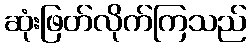
ဆုံးဖြတ်လိုက်ကြသည်